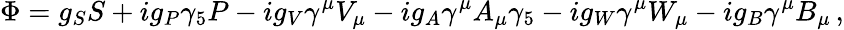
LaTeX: \Phi=g_{S}S+ig_{P}\gamma_{5}P-ig_{V}\gamma^{\mu}V_{\mu}-ig_{A}\gamma^{\mu}A_{\mu}\gamma_{5}-ig_{W}\gamma^{\mu}W_{\mu}-ig_{B}\gamma^{\mu}B_{\mu}\, ,